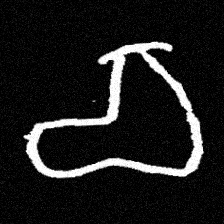
Pyu character \u2014 Myanmar letter: စ (romanized: ca)